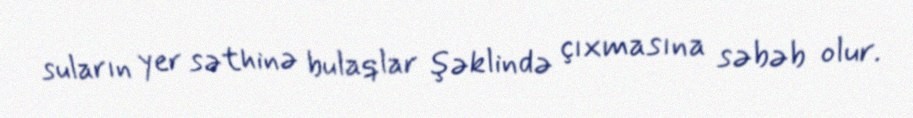
suların yer səthinə bulaqlar şəklində çıxmasına səbəb olur.